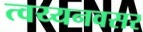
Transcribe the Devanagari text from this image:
त्वय्यनवसर